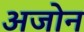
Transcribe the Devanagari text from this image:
अजोन